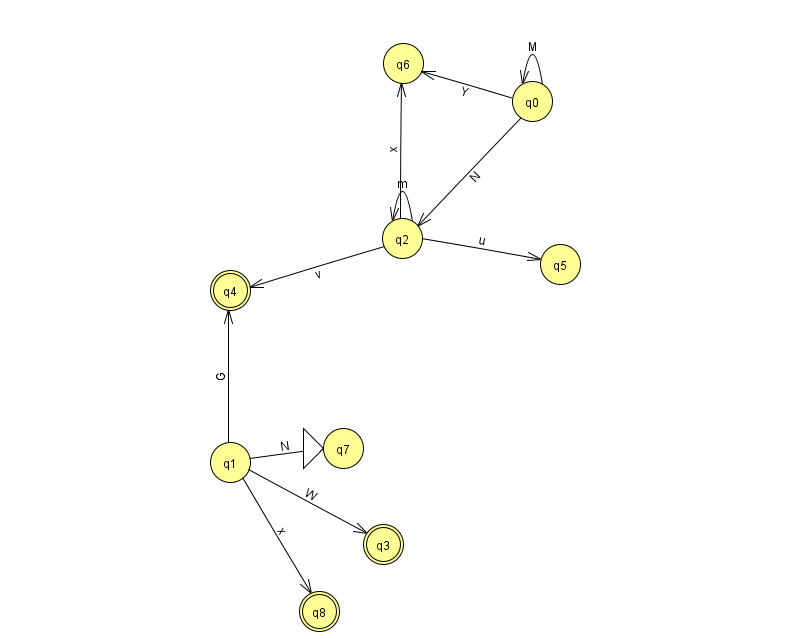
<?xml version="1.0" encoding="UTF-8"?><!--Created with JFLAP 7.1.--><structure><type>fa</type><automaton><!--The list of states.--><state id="0" name="q0"><x>532.0</x><y>88.0</y></state><state id="1" name="q1"><x>230.0</x><y>449.0</y></state><state id="2" name="q2"><x>402.0</x><y>225.0</y></state><state id="3" name="q3"><x>383.0</x><y>531.0</y><final/></state><state id="4" name="q4"><x>230.0</x><y>277.0</y><final/></state><state id="5" name="q5"><x>560.0</x><y>251.0</y></state><state id="6" name="q6"><x>403.0</x><y>50.0</y></state><state id="7" name="q7"><x>343.0</x><y>435.0</y><initial/></state><state id="8" name="q8"><x>319.0</x><y>598.0</y><final/></state><!--The list of transitions.--><transition><from>1</from><to>8</to><read>x</read></transition><transition><from>1</from><to>4</to><read>G</read></transition><transition><from>1</from><to>3</to><read>W</read></transition><transition><from>1</from><to>7</to><read>N</read></transition><transition><from>2</from><to>5</to><read>u</read></transition><transition><from>0</from><to>0</to><read>M</read></transition><transition><from>2</from><to>2</to><read>m</read></transition><transition><from>0</from><to>2</to><read>N</read></transition><transition><from>0</from><to>6</to><read>Y</read></transition><transition><from>2</from><to>4</to><read>v</read></transition><transition><from>2</from><to>6</to><read>x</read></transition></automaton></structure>